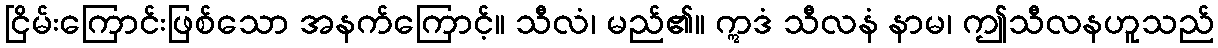
ငြိမ်းကြောင်းဖြစ်သော အနက်ကြောင့်။ သီလံ၊ မည်၏။ ဣဒံ သီလနံ နာမ၊ ဤသီလနဟူသည်